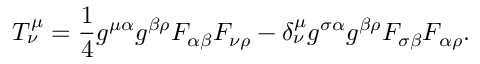
{ \cal T } _ { \nu } ^ { \mu } = \frac { 1 } { 4 } g ^ { \mu \alpha } g ^ { \beta \rho } F _ { \alpha \beta } F _ { \nu \rho } - \delta _ { \nu } ^ { \mu } g ^ { \sigma \alpha } g ^ { \beta \rho } F _ { \sigma \beta } F _ { \alpha \rho } .